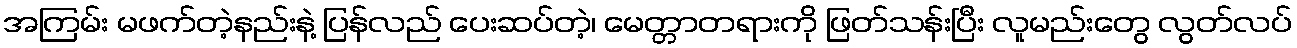
အကြမ်း မဖက်တဲ့နည်းနဲ့ ပြန်လည် ပေးဆပ်တဲ့၊ မေတ္တာတရားကို ဖြတ်သန်းပြီး လူမည်းတွေ လွတ်လပ်